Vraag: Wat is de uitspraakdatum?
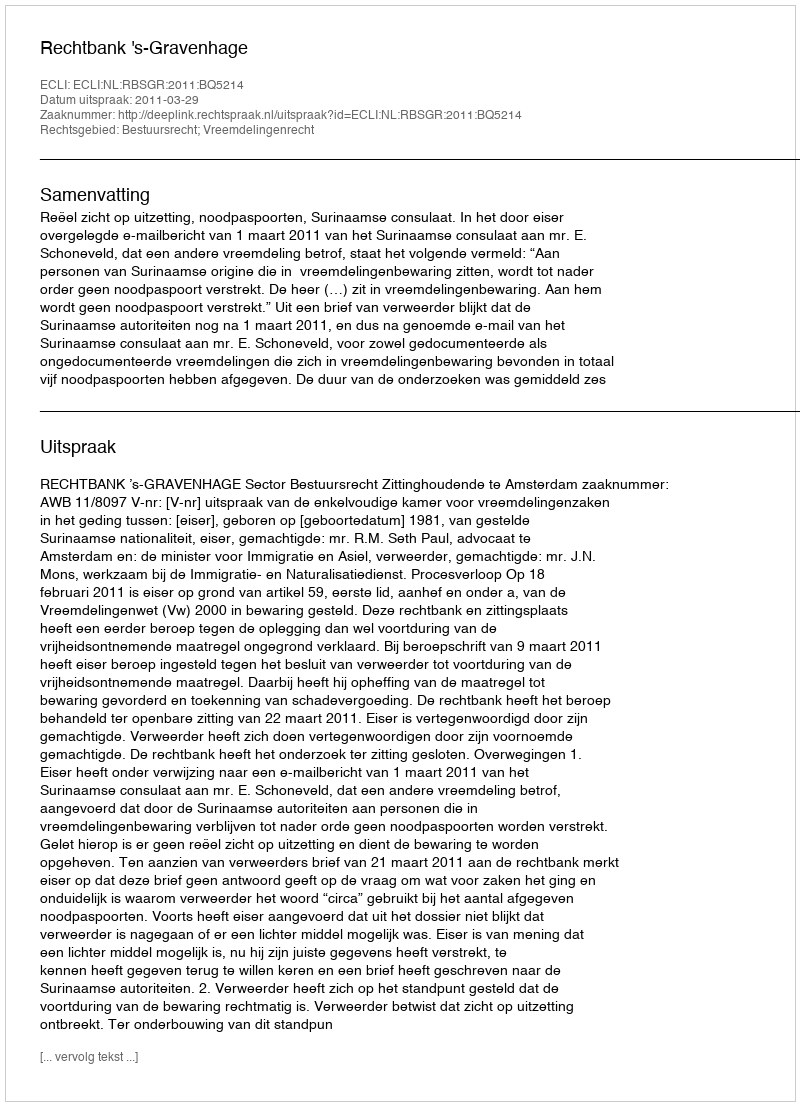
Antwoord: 2011-03-29